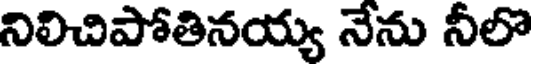
నిలిచిపోతినయ్య నేను నీలొ